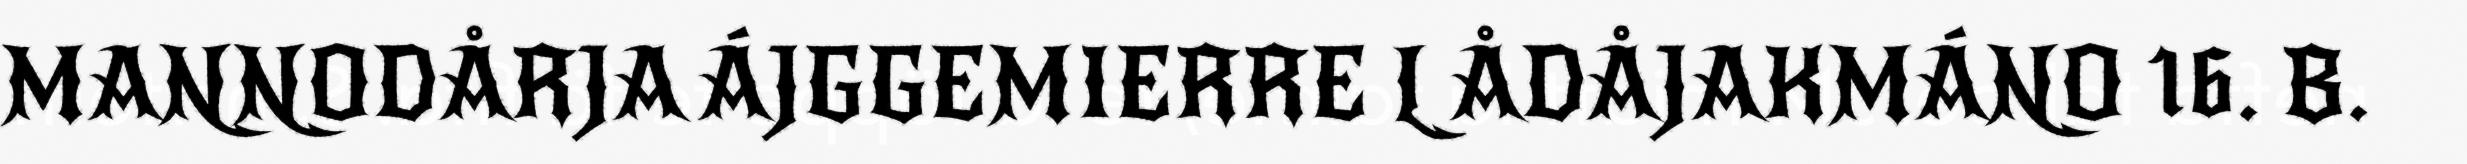
MANNODÅRJA ÁJGGEMIERRE L ÅDÅJAKMÁNO 16. B.